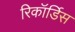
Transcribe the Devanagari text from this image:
रिकॉर्डिस